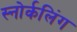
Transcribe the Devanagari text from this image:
स्‍नोर्कलिंग